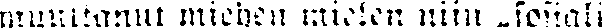
muuttanut miehen mielen niin „sosiali